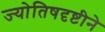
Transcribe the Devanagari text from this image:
ज्योतिषदृष्टीने